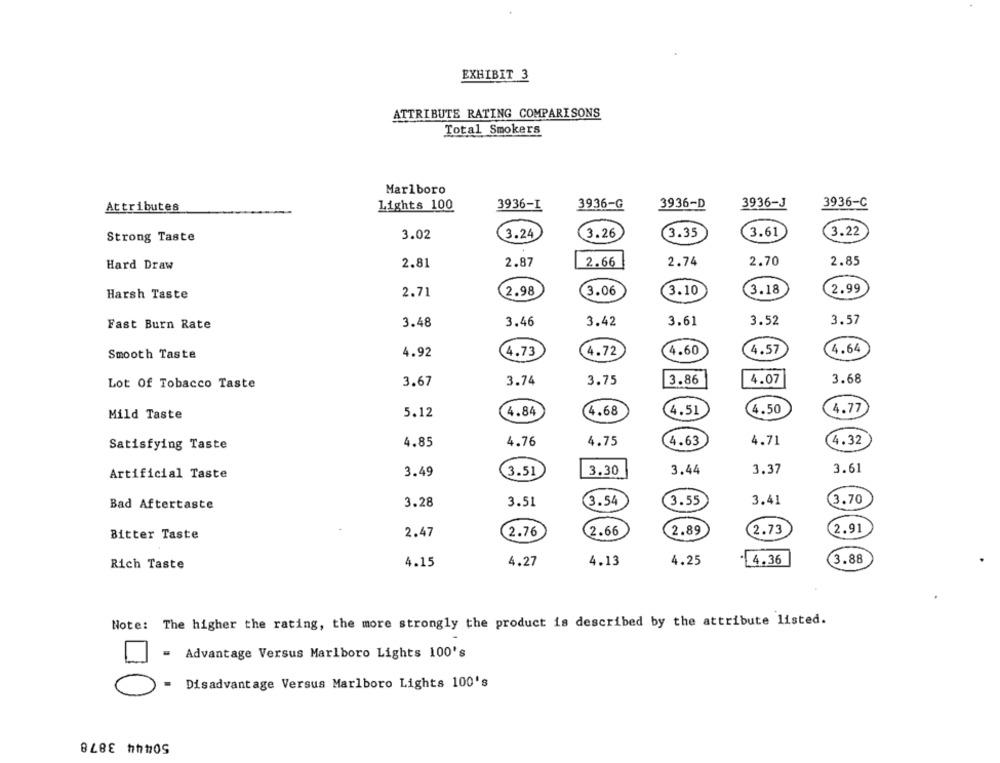
EXHIBIT 3
ATTRIBUTE RATING COMPARISONS
Total Smokers
Marlboro
Attributes
Lights 100
3936-I
3936-G
3936-D
3936-J
3936-C
3.02
3.24
3.26
3.35
3.61
3.22
Strong Taste
Hard Draw
2.81
2.87
2.66
2.74
2.70
2.85
2.98
3.06
3.18
2.99
Harsh Taste
2.71
3.10
3.52
3.57
Fast Burn Rate
3.48
3.46
3.42
3.61
4.73
4.72
4.60
4.57
4.64
Smooth Taste
4.92
3.67
3.74
3.75
3.86
4.07
3.68
Lot Of Tobacco Taste
4.84
4.68
4.51
4.50
4.77
Mild Taste
5.12
4.85
4.76
4.75
4.63
4.71
4.32
Satisfying Taste
Artificial Taste
3.49
3.51
3.30
3.44
3.37
3.61
3.28
3.51
3.54
3.55
3.41
3.70
Bad Aftertaste
2.47
2.76
(2.66
2.89
2.73
2.91
Bitter Taste
4.15
4.27
4.13
4.25
4.36
3.88
Rich Taste
Note: The higher the rating, the more strongly the product is described by the attribute listed.
= Advantage Versus Marlboro Lights 100's
.
Disadvantage Versus Marlboro Lights 100's
50444 3878